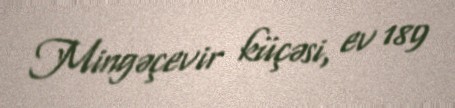
Mingəçevir küçəsi, ev 189